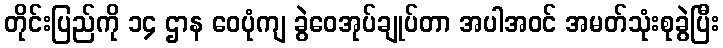
တိုင်းပြည်ကို ၁၄ ဌာန ဝေပုံကျ ခွဲဝေအုပ်ချုပ်တာ အပါအဝင် အမတ်သုံးစုခွဲပြီး